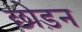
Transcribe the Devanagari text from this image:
छोड़न